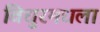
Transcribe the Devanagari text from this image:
विधुरमधला